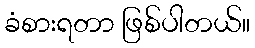
ခံစားရတာ ဖြစ်ပါတယ်။